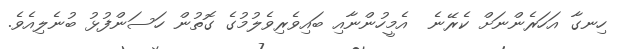
ހިނގާ އަހަރެންނަށް ކެރޭނެ  އެމީހުންނާއި ބައިވެރިވެލުމުގެ ގޮތުން ހަސަންފުޅު ބުނެލިއެވެ.